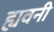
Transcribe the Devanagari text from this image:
ह्यवनी